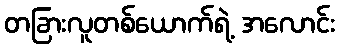
တခြားလူတစ်ယောက်ရဲ့ အလောင်း